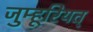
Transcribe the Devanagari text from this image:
जुम्हूरियत्